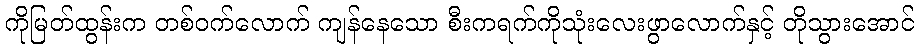
ကိုမြတ်ထွန်းက တစ်ဝက်လောက် ကျန်နေသော စီးကရက်ကိုသုံးလေးဖွာလောက်နှင့် တိုသွားအောင်